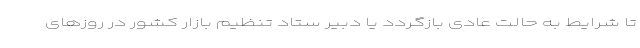
تا شرایط به حالت عادی بازگردد یا دبیر ستاد تنظیم بازار کشور در روزهای